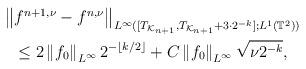
LaTeX: \begin{align*}\begin{gathered}\left\|f^{n+1,\nu}-f^{n,\nu}\right\|_{L^\infty([T_{\mathcal{K}_{n+1}},T_{\mathcal{K}_{n+1}}+3\cdot2^{-k}];L^1(\mathbb{T}^2))} \\ \le 2\left\|f_0 \right\|_{L^\infty} 2^{-\lfloor k/2 \rfloor} + C\left\|f_0\right\|_{L^\infty}\sqrt{\nu 2^{-k}},\end{gathered}\end{align*}